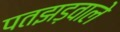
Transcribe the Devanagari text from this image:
पतझड़वाले